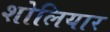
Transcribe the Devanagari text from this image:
शोलियार